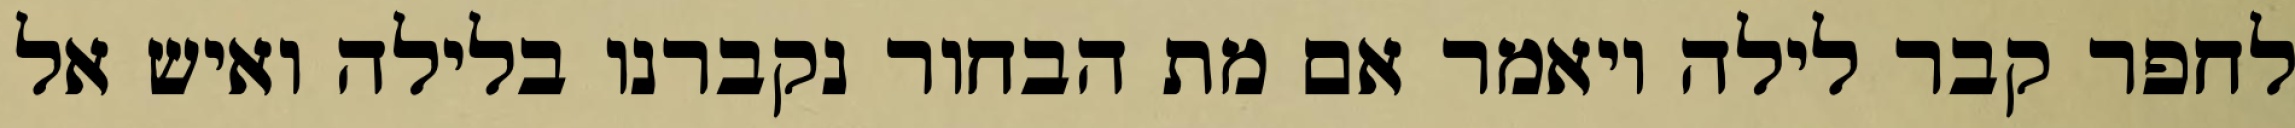
לחפר קבר לילה ויאמר אם מת הבחור נקברנו בלילה ואיש אל